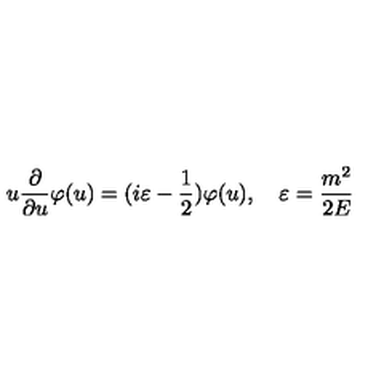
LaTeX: u \frac { \partial } { \partial u } \varphi ( u ) = ( i \varepsilon - \frac { 1 } { 2 } ) \varphi ( u ) , \quad \varepsilon = \frac { m ^ { 2 } } { 2 E }